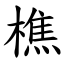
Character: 樵